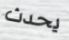
يحدث